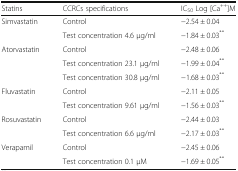
| Statins | CCRCs specifications | IC50 Log [Ca++]M |
 | --- | --- | --- |
 | <ROWSPAN=2> Simvastatin | Control | −2.54 ± 0.04 |
 | Test concentration 4.6 μg/ml | −1.84 ± 0.03** |
 | <ROWSPAN=3> Atorvastatin | Control | −2.48 ± 0.06 |
 | Test concentration 23.1 μg/ml | −1.99 ± 0.04** |
 | Test concentration 30.8 μg/ml | −1.68 ± 0.03** |
 | <ROWSPAN=2> Fluvastatin | Control | −2.11 ± 0.05 |
 | Test concentration 9.61 μg/ml | −1.56 ± 0.03** |
 | <ROWSPAN=2> Rosuvastatin | Control | −2.44 ± 0.03 |
 | Test concentration 6.6 μg/ml | −2.17 ± 0.03** |
 | <ROWSPAN=2> Verapamil | Control | −2.45 ± 0.06 |
 | Test concentration 0.1 μM | −1.69 ± 0.05** |